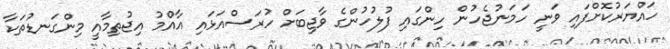
ހައްޔަރުކޮށްފައި ވަނީ ހަމަނުޖެހުން ހިންގައި ފުލުހުންގެ ވާޖިބަށް ހުރަސްއަޅައި އާއްމު އިޖުތިމާއީ މިންގަނޑުތަކާ